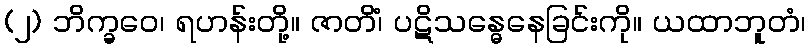
(၂) ဘိက္ခဝေ၊ ရဟန်းတို့။ ဇာတိံ၊ ပဋိသန္ဓေနေခြင်းကို။ ယထာဘူတံ၊